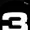
Digit: 3